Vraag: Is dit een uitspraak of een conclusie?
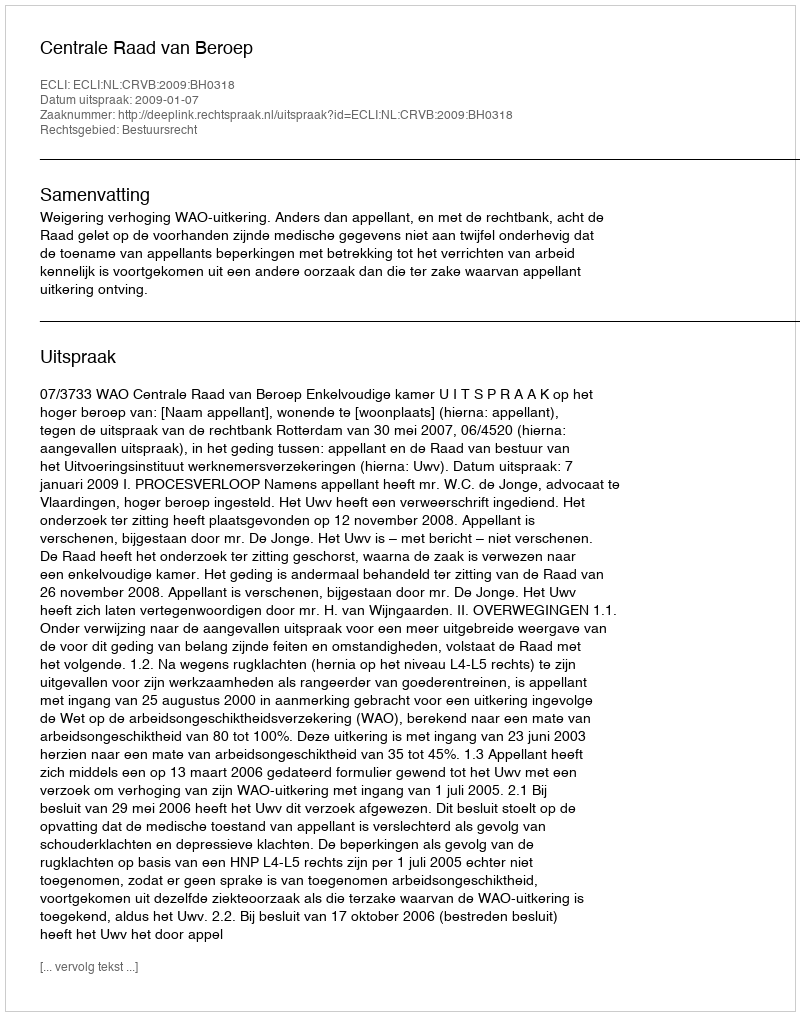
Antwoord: Uitspraak